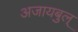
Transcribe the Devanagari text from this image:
अजायबुल्